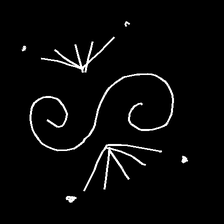
Glyph: aeroform